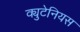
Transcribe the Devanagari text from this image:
क्युटेनियस